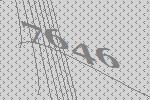
7646